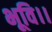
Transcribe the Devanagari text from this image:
भूवि।।